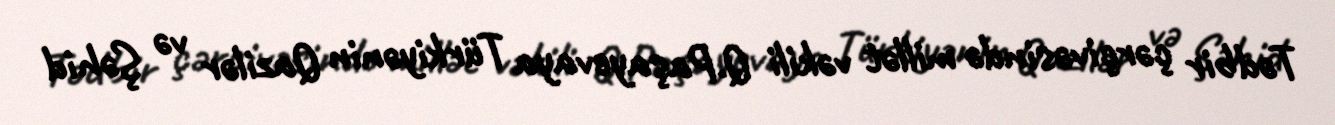
Tədbir çərçivəsində millət vəkili Q.Paşayevaya Türkiyənin Qazilər və Şəhid